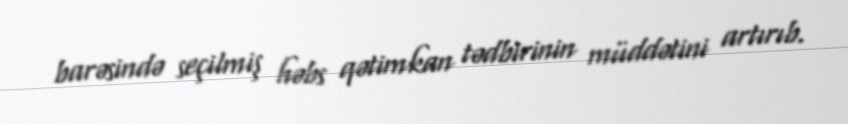
barəsində seçilmiş həbs qətimkan tədbirinin müddətini artırıb.